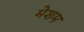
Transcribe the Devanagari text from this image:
मेशम